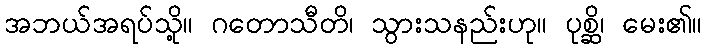
အဘယ်အရပ်သို့။ ဂတောသီတိ၊ သွားသနည်းဟု။ ပုစ္ဆိ၊ မေး၏။